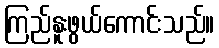
ကြည်နူးဖွယ်ကောင်းသည်။